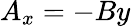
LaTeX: A_{x}=-By